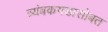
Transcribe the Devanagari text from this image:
त्र्यंबकगडासोबत